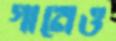
গানেও